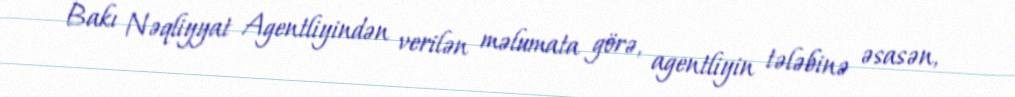
Bakı Nəqliyyat Agentliyindən verilən məlumata görə, agentliyin tələbinə əsasən,